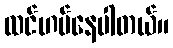
ထင်ဟပ်နေပါတယ်။